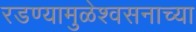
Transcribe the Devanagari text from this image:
रडण्यामुळेश्वसनाच्या